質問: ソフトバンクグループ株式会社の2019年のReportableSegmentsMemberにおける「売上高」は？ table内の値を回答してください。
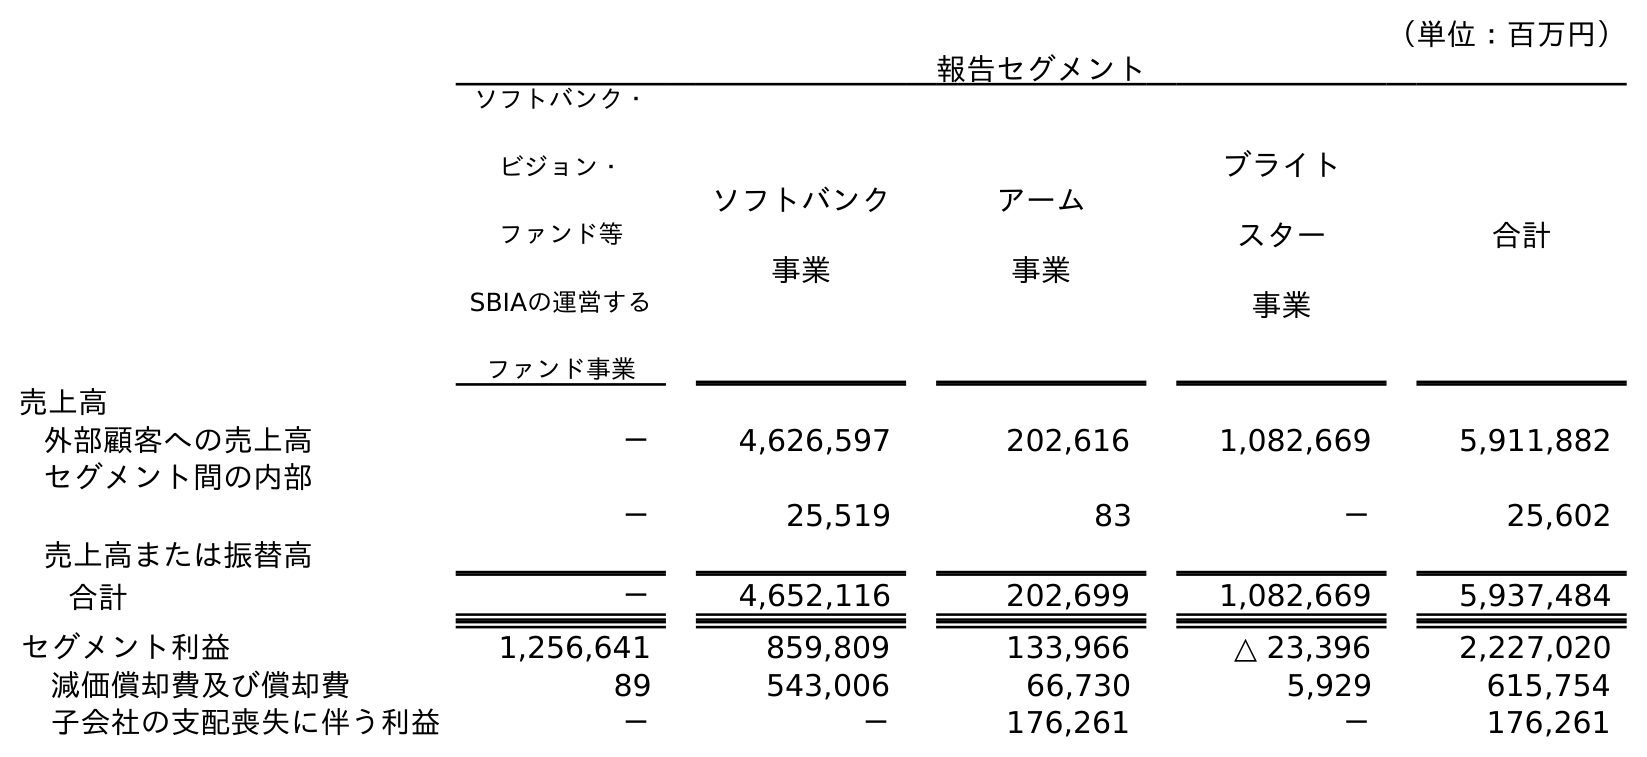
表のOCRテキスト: （単位：百万円） 報告セグメント ソフトバンク・ ビジョン・ ファンド等 SBIAの運営する ファンド事業 ソフトバンク 事業 アーム 事業 ブライト スター 事業 合計 売上高 外部顧客への売上高 － 4,626,597 202,616 1,082,669 5,911,882 セグメント間の内部 売上高または振替高 － 25,519 83 － 25,602 合計 － 4,652,116 202,699 1,082,669 5,937,484 セグメント利益 1,256,641 859,809 133,966 △ 23,396 2,227,020 減価償却費及び償却費 89 543,006 66,730 5,929 615,754 子会社の支配喪失に伴う利益 － － 176,261 － 176,261
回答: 5,937,484